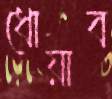
ধোয়াব